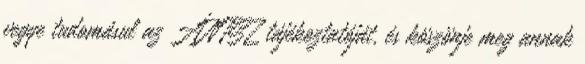
vegye tudomásul az ÁNTSZ tájékoztatóját, és köszönje meg annak